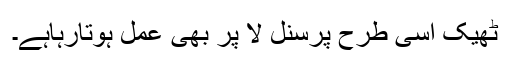
ٹھیک اسی طرح پرسنل لا پر بھی عمل ہوتارہاہے۔